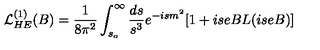
{ \cal L } _ { H E } ^ { ( 1 ) } ( B ) = { \frac { 1 } { 8 \pi ^ { 2 } } } \int _ { s _ { o } } ^ { \infty } { \frac { d s } { s ^ { 3 } } } e ^ { - i s m ^ { 2 } } [ 1 + i s e B L ( i s e B ) ]